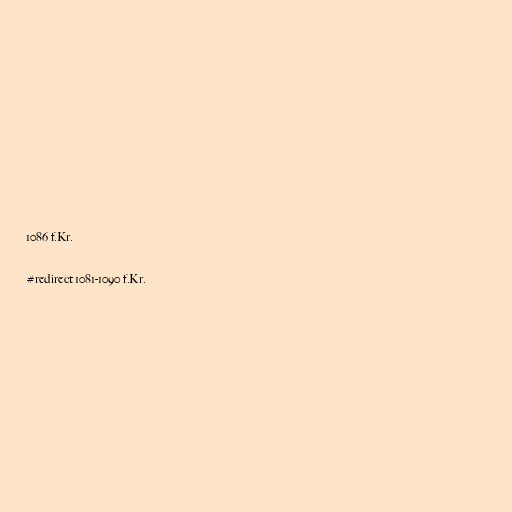
1086 f.Kr.

#redirect 1081-1090 f.Kr.